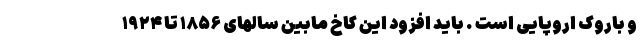
و باروک اروپایی است . باید افزود این کاخ مابین سالهای ۱۸۵۶ تا ۱۹۲۴